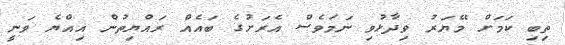
ތިބި ކަމަށް މޭޔަރު ވިދާޅުވި ނަމަވެސް އެރަށުގެ ބައެއް ރައްޔިތުން އިއްޔެ ވަނީ